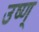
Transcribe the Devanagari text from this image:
उष्ण्